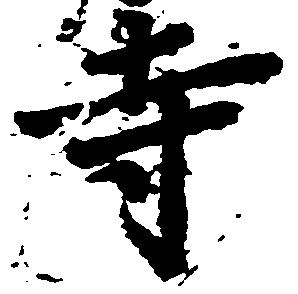
寺